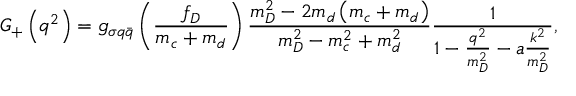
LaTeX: G _ { + } \left( q ^ { 2 } \right) = g _ { \sigma q \bar { q } } \left( \frac { f _ { D } } { m _ { c } + m _ { d } } \right) \frac { m _ { D } ^ { 2 } - 2 m _ { d } \left( m _ { c } + m _ { d } \right) } { m _ { D } ^ { 2 } - m _ { c } ^ { 2 } + m _ { d } ^ { 2 } } \frac 1 { 1 - \frac { q ^ { 2 } } { m _ { D } ^ { 2 } } - a \frac { k ^ { 2 } } { m _ { D } ^ { 2 } } } ,